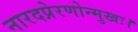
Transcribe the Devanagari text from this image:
नारदप्रेरणोन्मुखः।